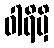
ဝါရိမှိ